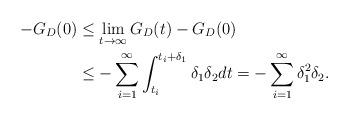
LaTeX: \begin{align*}-G_D(0) &\leq \lim_{t\rightarrow \infty}G_D(t)-G_D(0)\\& \leq -\sum_{i=1}^\infty\int_{t_i}^{t_i+\delta_1}\delta_1\delta_2dt=- \sum_{i=1}^\infty\delta_1^2\delta_2. \end{align*}